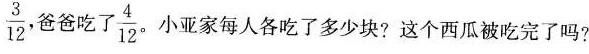
妈妈吃了\frac{3}{12}，爸爸吃了\frac{4}{12}。小亚家每人各吃了多少块?这个西瓜被吃完了吗?